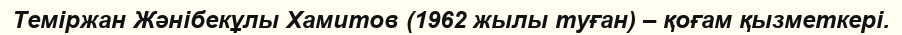
Теміржан Жәнібекұлы Хамитов (1962 жылы туған) – қоғам қызметкері.